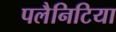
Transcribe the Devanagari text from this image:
पलैनिटिया